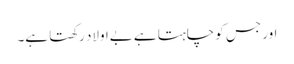
اور جس کو چاہتا ہے بےاولاد رکھتا ہے۔